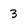
Character: 3